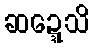
ဆဍ္ဍေသိ